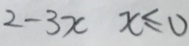
2 - 3 x x \leq 0